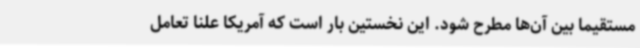
مستقیما بین آن‌ها مطرح شود. این نخستین بار است که آمریکا علنا تعامل